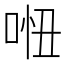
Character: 𠴐